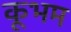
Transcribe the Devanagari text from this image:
कूभम